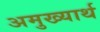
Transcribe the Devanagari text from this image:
अमुख्यार्थ